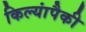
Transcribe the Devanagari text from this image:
किल्यांपैकी